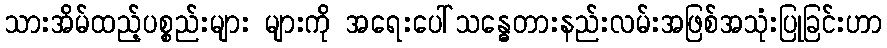
သားအိမ်ထည့်ပစ္စည်းများ များကို အရေးပေါ်သန္ဓေတားနည်းလမ်းအဖြစ်အသုံးပြုခြင်းဟာ